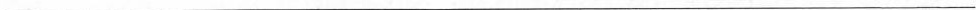
___